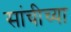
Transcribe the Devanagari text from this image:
सांचीच्या